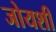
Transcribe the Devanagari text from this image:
जोयशी